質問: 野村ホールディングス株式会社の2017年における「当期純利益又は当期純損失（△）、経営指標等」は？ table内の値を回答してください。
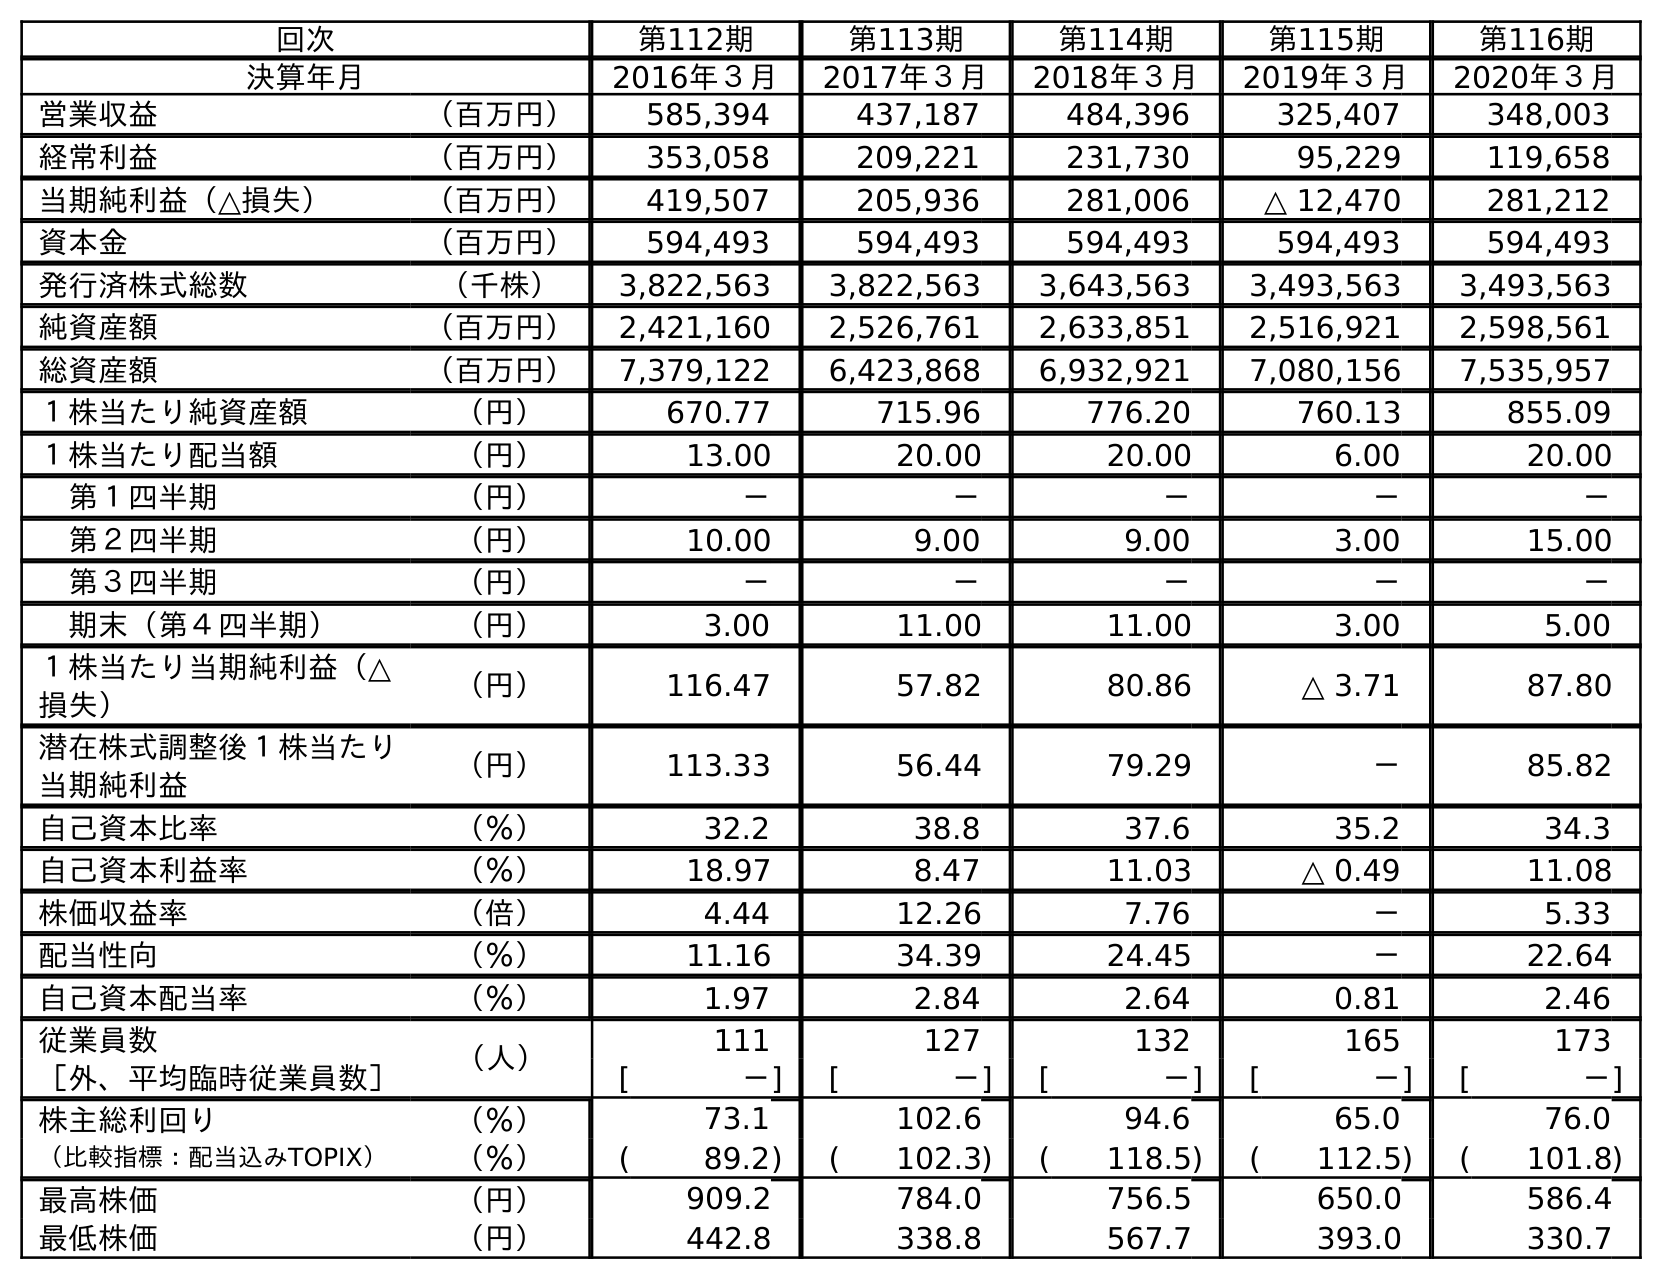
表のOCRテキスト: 回次 第112期 第113期 第114期 第115期 第116期 決算年月 2016年３月 2017年３月 2018年３月 2019年３月 2020年３月 営業収益 （百万円） 585,394 437,187 484,396 325,407 348,003 経常利益 （百万円） 353,058 209,221 231,730 95,229 119,658 当期純利益（△損失） （百万円） 419,507 205,936 281,006 △ 12,470 281,212 資本金 （百万円） 594,493 594,493 594,493 594,493 594,493 発行済株式総数 （千株） 3,822,563 3,822,563 3,643,563 3,493,563 3,493,563 純資産額 （百万円） 2,421,160 2,526,761 2,633,851 2,516,921 2,598,561 総資産額 （百万円） 7,379,122 6,423,868 6,932,921 7,080,156 7,535,957 １株当たり純資産額 （円） 670.77 715.96 776.20 760.13 855.09 １株当たり配当額 （円） 13.00 20.00 20.00 6.00 20.00 第１四半期 （円） － － － － － 第２四半期 （円） 10.00 9.00 9.00 3.00 15.00 第３四半期 （円） － － － － － 期末（第４四半期） （円） 3.00 11.00 11.00 3.00 5.00 １株当たり当期純利益（△ 損失） （円） 116.47 57.82 80.86 △ 3.71 87.80 潜在株式調整後１株当たり 当期純利益 （円） 113.33 56.44 79.29 － 85.82 自己資本比率 （％） 32.2 38.8 37.6 35.2 34.3 自己資本利益率 （％） 18.97 8.47 11.03 △ 0.49 11.08 株価収益率 （倍） 4.44 12.26 7.76 － 5.33 配当性向 （％） 11.16 34.39 24.45 － 22.64 自己資本配当率 （％） 1.97 2.84 2.64 0.81 2.46 従業員数 （人） 111 127 132 165 173 ［外、平均臨時従業員数］ [ －] [ －] [ －] [ －] [ －] 株主総利回り （％） 73.1 102.6 94.6 65.0 76.0 （比較指標：配当込みTOPIX） （％） ( 89.2) ( 102.3) ( 118.5) ( 112.5) ( 101.8) 最高株価 （円） 909.2 784.0 756.5 650.0 586.4 最低株価 （円） 442.8 338.8 567.7 393.0 330.7
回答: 205,936